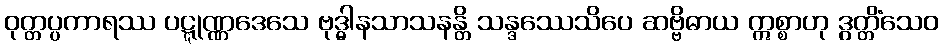
ဝုတ္တပ္ပကာရဿ ပဋ္ဋုဏ္ဏဒေသေ ဗုဒ္ဓါနသာသနန္တိ သန္ဒဿေသိပေ ဆဗ္ဗိဓာယ ဣစ္စာဟု ဒွတ္တိံသေဝ